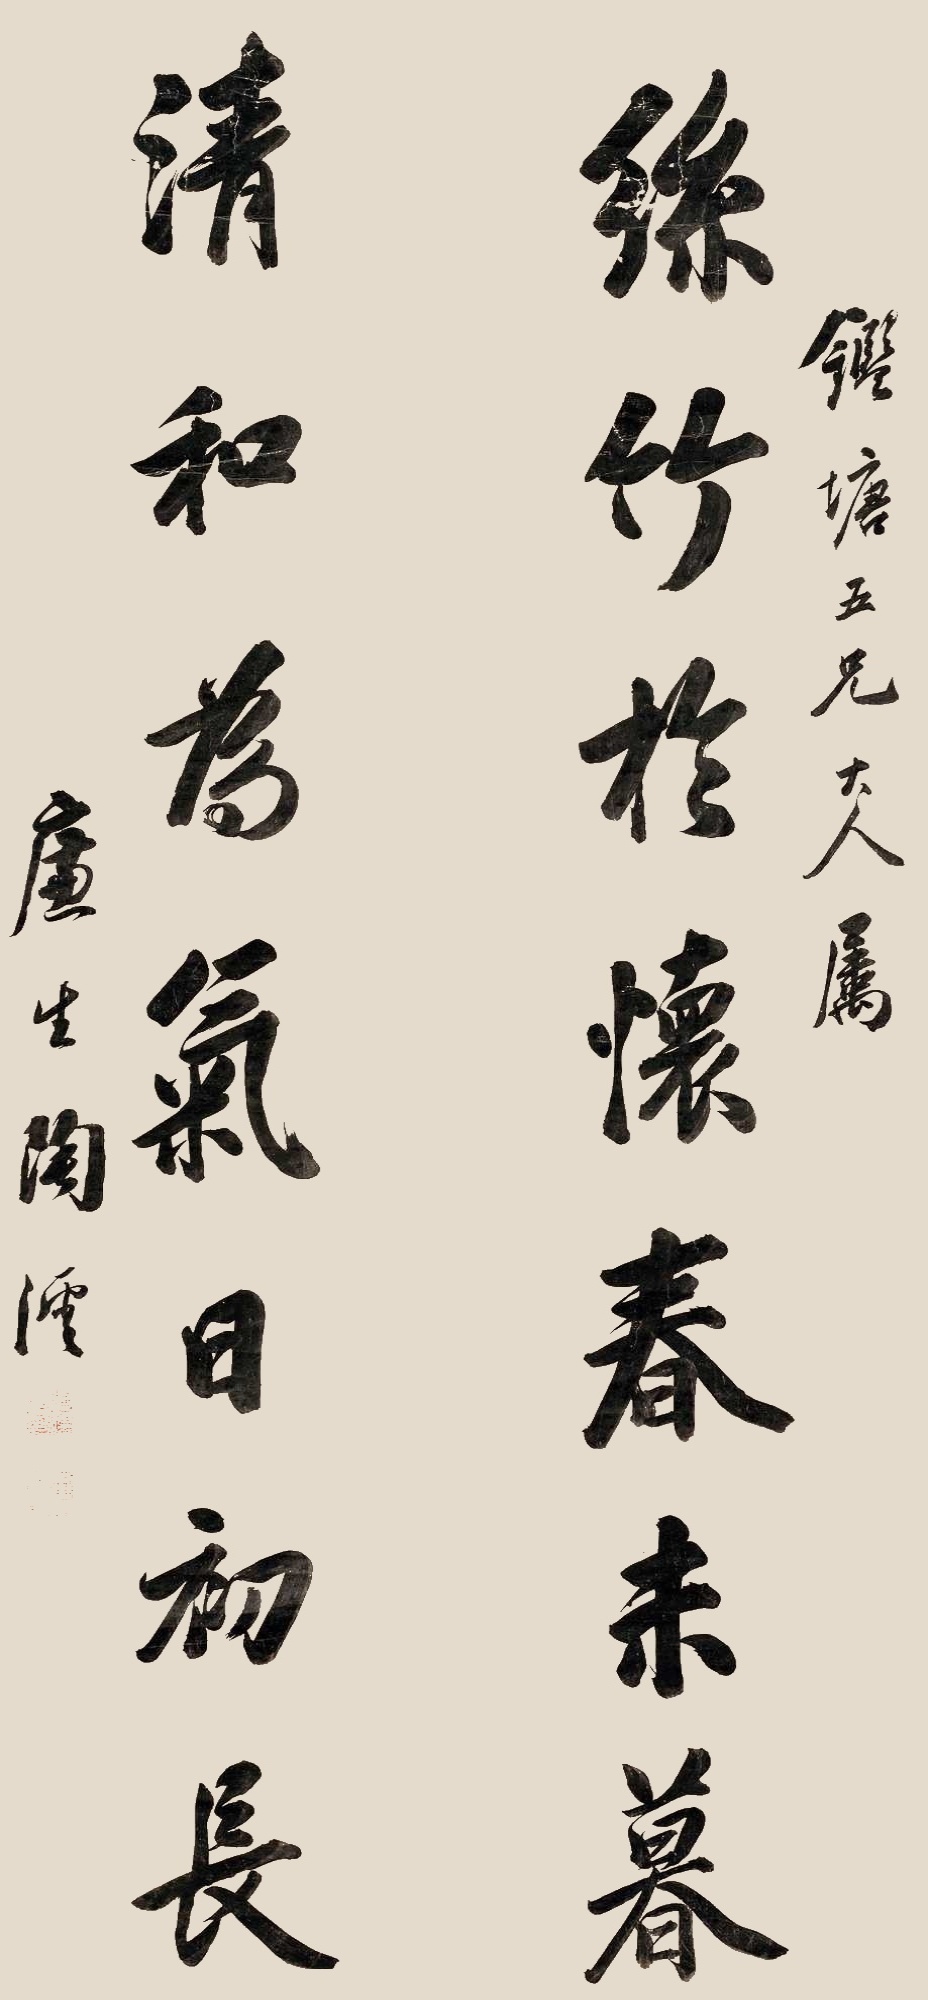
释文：丝竹于怀春未暮，清和为气日初长。鉴塘五兄大人属，廉生陶沄。